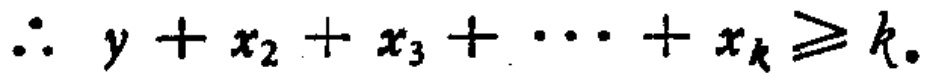
\(\therefore y + x_{2} + x_{3} + \cdots + x_{k} \geq k.\)